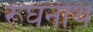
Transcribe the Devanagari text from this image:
रूघनाथ